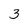
Character: 3